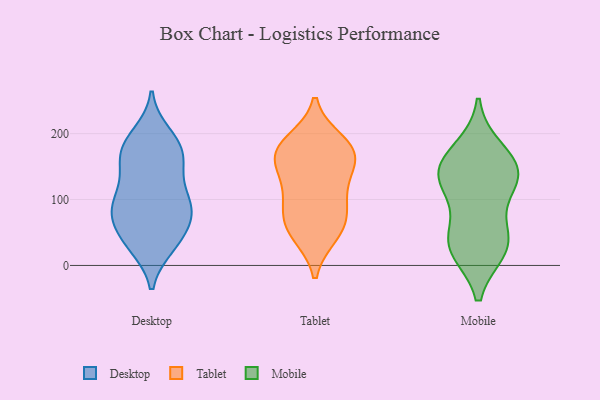
{"axis": {"x": "Temperature (°C)", "y": "Value"}, "legend": ["Desktop", "Mobile", "Tablet"], "data": [{"x": "", "y": 146, "type": "Desktop"}, {"x": "", "y": 85, "type": "Desktop"}, {"x": "", "y": 85, "type": "Desktop"}, {"x": "", "y": 198, "type": "Desktop"}, {"x": "", "y": 94, "type": "Desktop"}, {"x": "", "y": 153, "type": "Desktop"}, {"x": "", "y": 38, "type": "Desktop"}, {"x": "", "y": 32, "type": "Desktop"}, {"x": "", "y": 91, "type": "Desktop"}, {"x": "", "y": 72, "type": "Desktop"}, {"x": "", "y": 42, "type": "Desktop"}, {"x": "", "y": 98, "type": "Desktop"}, {"x": "", "y": 187, "type": "Desktop"}, {"x": "", "y": 127, "type": "Desktop"}, {"x": "", "y": 171, "type": "Desktop"}, {"x": "", "y": 176, "type": "Desktop"}, {"x": "", "y": 175, "type": "Desktop"}, {"x": "", "y": 30, "type": "Desktop"}, {"x": "", "y": 74, "type": "Desktop"}, {"x": "", "y": 47, "type": "Tablet"}, {"x": "", "y": 167, "type": "Tablet"}, {"x": "", "y": 50, "type": "Tablet"}, {"x": "", "y": 169, "type": "Tablet"}, {"x": "", "y": 82, "type": "Tablet"}, {"x": "", "y": 88, "type": "Tablet"}, {"x": "", "y": 188, "type": "Tablet"}, {"x": "", "y": 173, "type": "Tablet"}, {"x": "", "y": 153, "type": "Tablet"}, {"x": "", "y": 62, "type": "Tablet"}, {"x": "", "y": 179, "type": "Tablet"}, {"x": "", "y": 126, "type": "Tablet"}, {"x": "", "y": 116, "type": "Tablet"}, {"x": "", "y": 153, "type": "Mobile"}, {"x": "", "y": 139, "type": "Mobile"}, {"x": "", "y": 117, "type": "Mobile"}, {"x": "", "y": 25, "type": "Mobile"}, {"x": "", "y": 131, "type": "Mobile"}, {"x": "", "y": 44, "type": "Mobile"}, {"x": "", "y": 28, "type": "Mobile"}, {"x": "", "y": 175, "type": "Mobile"}, {"x": "", "y": 37, "type": "Mobile"}, {"x": "", "y": 140, "type": "Mobile"}]}